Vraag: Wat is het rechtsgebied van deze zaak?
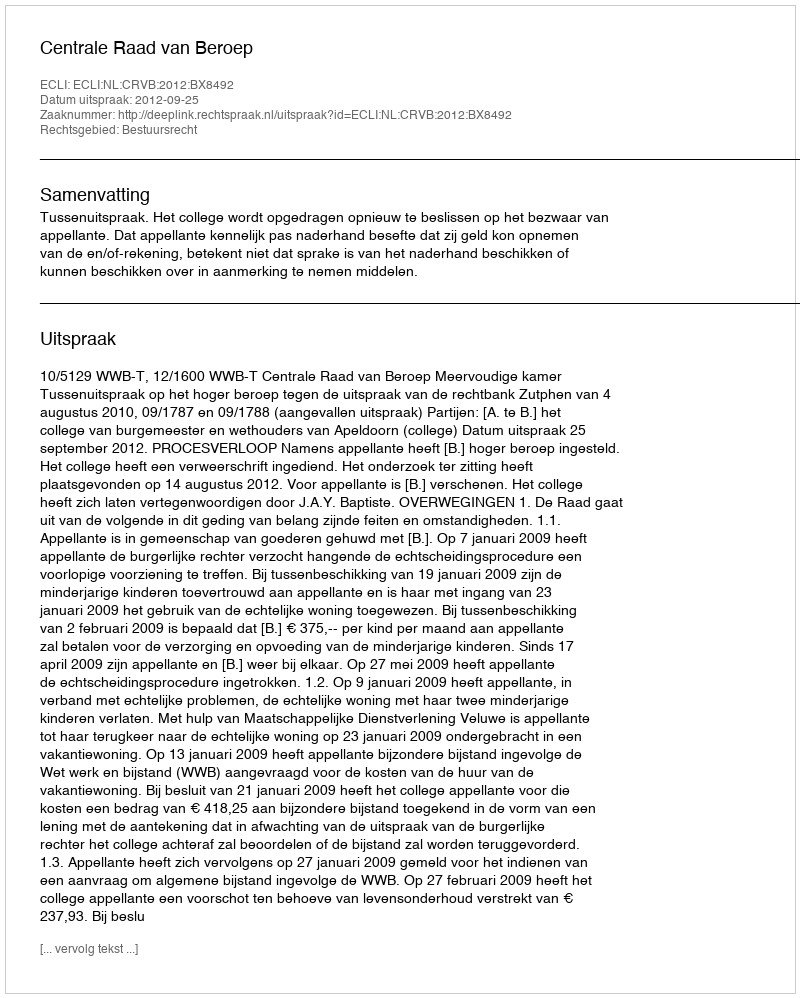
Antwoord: Bestuursrecht